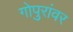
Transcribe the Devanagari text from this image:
गोपुरांवर